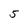
Character: 5